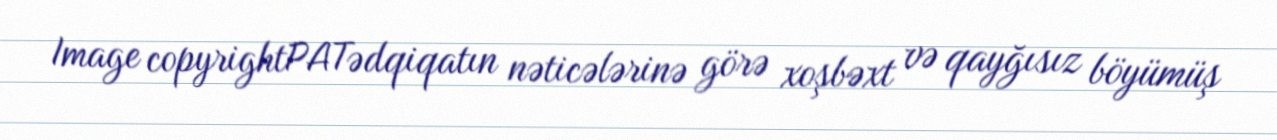
Image copyrightPATədqiqatın nəticələrinə görə xoşbəxt və qayğısız böyümüş